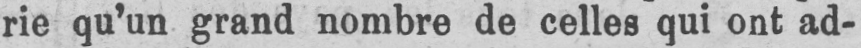
rie qu’un grand nombre de celles qui ont ad-